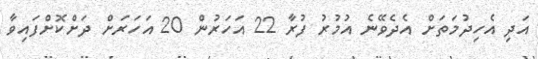
އަދި އެހިދުމަތަށް އެދެވޭނެ އުމުރު ފުރާ 22 އަހަރުން 20 އަހަރަށް ދަށްކޮށްފައިވާ